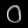
Digit: ၀